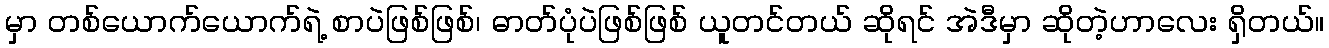
မှာ တစ်ယောက်ယောက်ရဲ့ စာပဲဖြစ်ဖြစ်၊ ဓာတ်ပုံပဲဖြစ်ဖြစ် ယူတင်တယ် ဆိုရင် အဲဒီမှာ ဆိုတဲ့ဟာလေး ရှိတယ်။